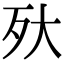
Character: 𣧂